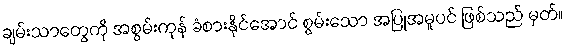
ချမ်းသာတွေကို အစွမ်းကုန် ခံစားနိုင်အောင် စွမ်းသော အပြုအမူပင် ဖြစ်သည် မှတ်။